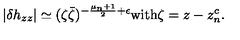
| \delta h _ { z z } | \simeq ( \zeta \bar { \zeta } ) ^ { - \frac { \mu _ { n } + 1 } { 2 } + \epsilon } \mathrm { w i t h } \zeta = z - z _ { n } ^ { c } .